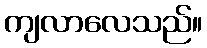
ကျလာလေသည်။